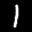
Label: 1